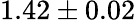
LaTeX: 1.42\pm 0.02